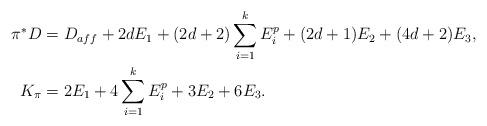
LaTeX: \begin{align*}\pi^*D &= D_{aff} + 2dE_1 + (2d+2)\sum_{i=1}^k E_i^p + (2d+1)E_2 + (4d+2)E_3,\\K_\pi &= 2E_1 + 4\sum_{i=1}^k E_i^p + 3E_2 + 6E_3.\end{align*}